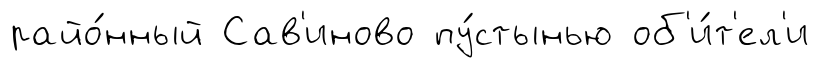
райо́нный Сав'иново пу́стынью об'и́т'ел'и